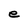
Character: e